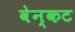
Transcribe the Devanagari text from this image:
वेन्कट